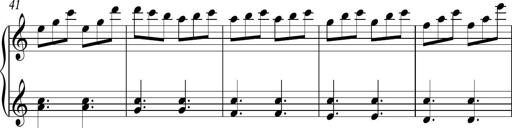
Title: Piano Sonatina in C
Composer: Daniel LÃ©o Simpson
Key: C major